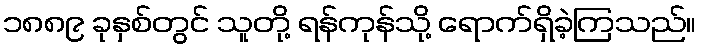
၁၈၈၉ ခုနှစ်တွင် သူတို့ ရန်ကုန်သို့ ရောက်ရှိခဲ့ကြသည်။